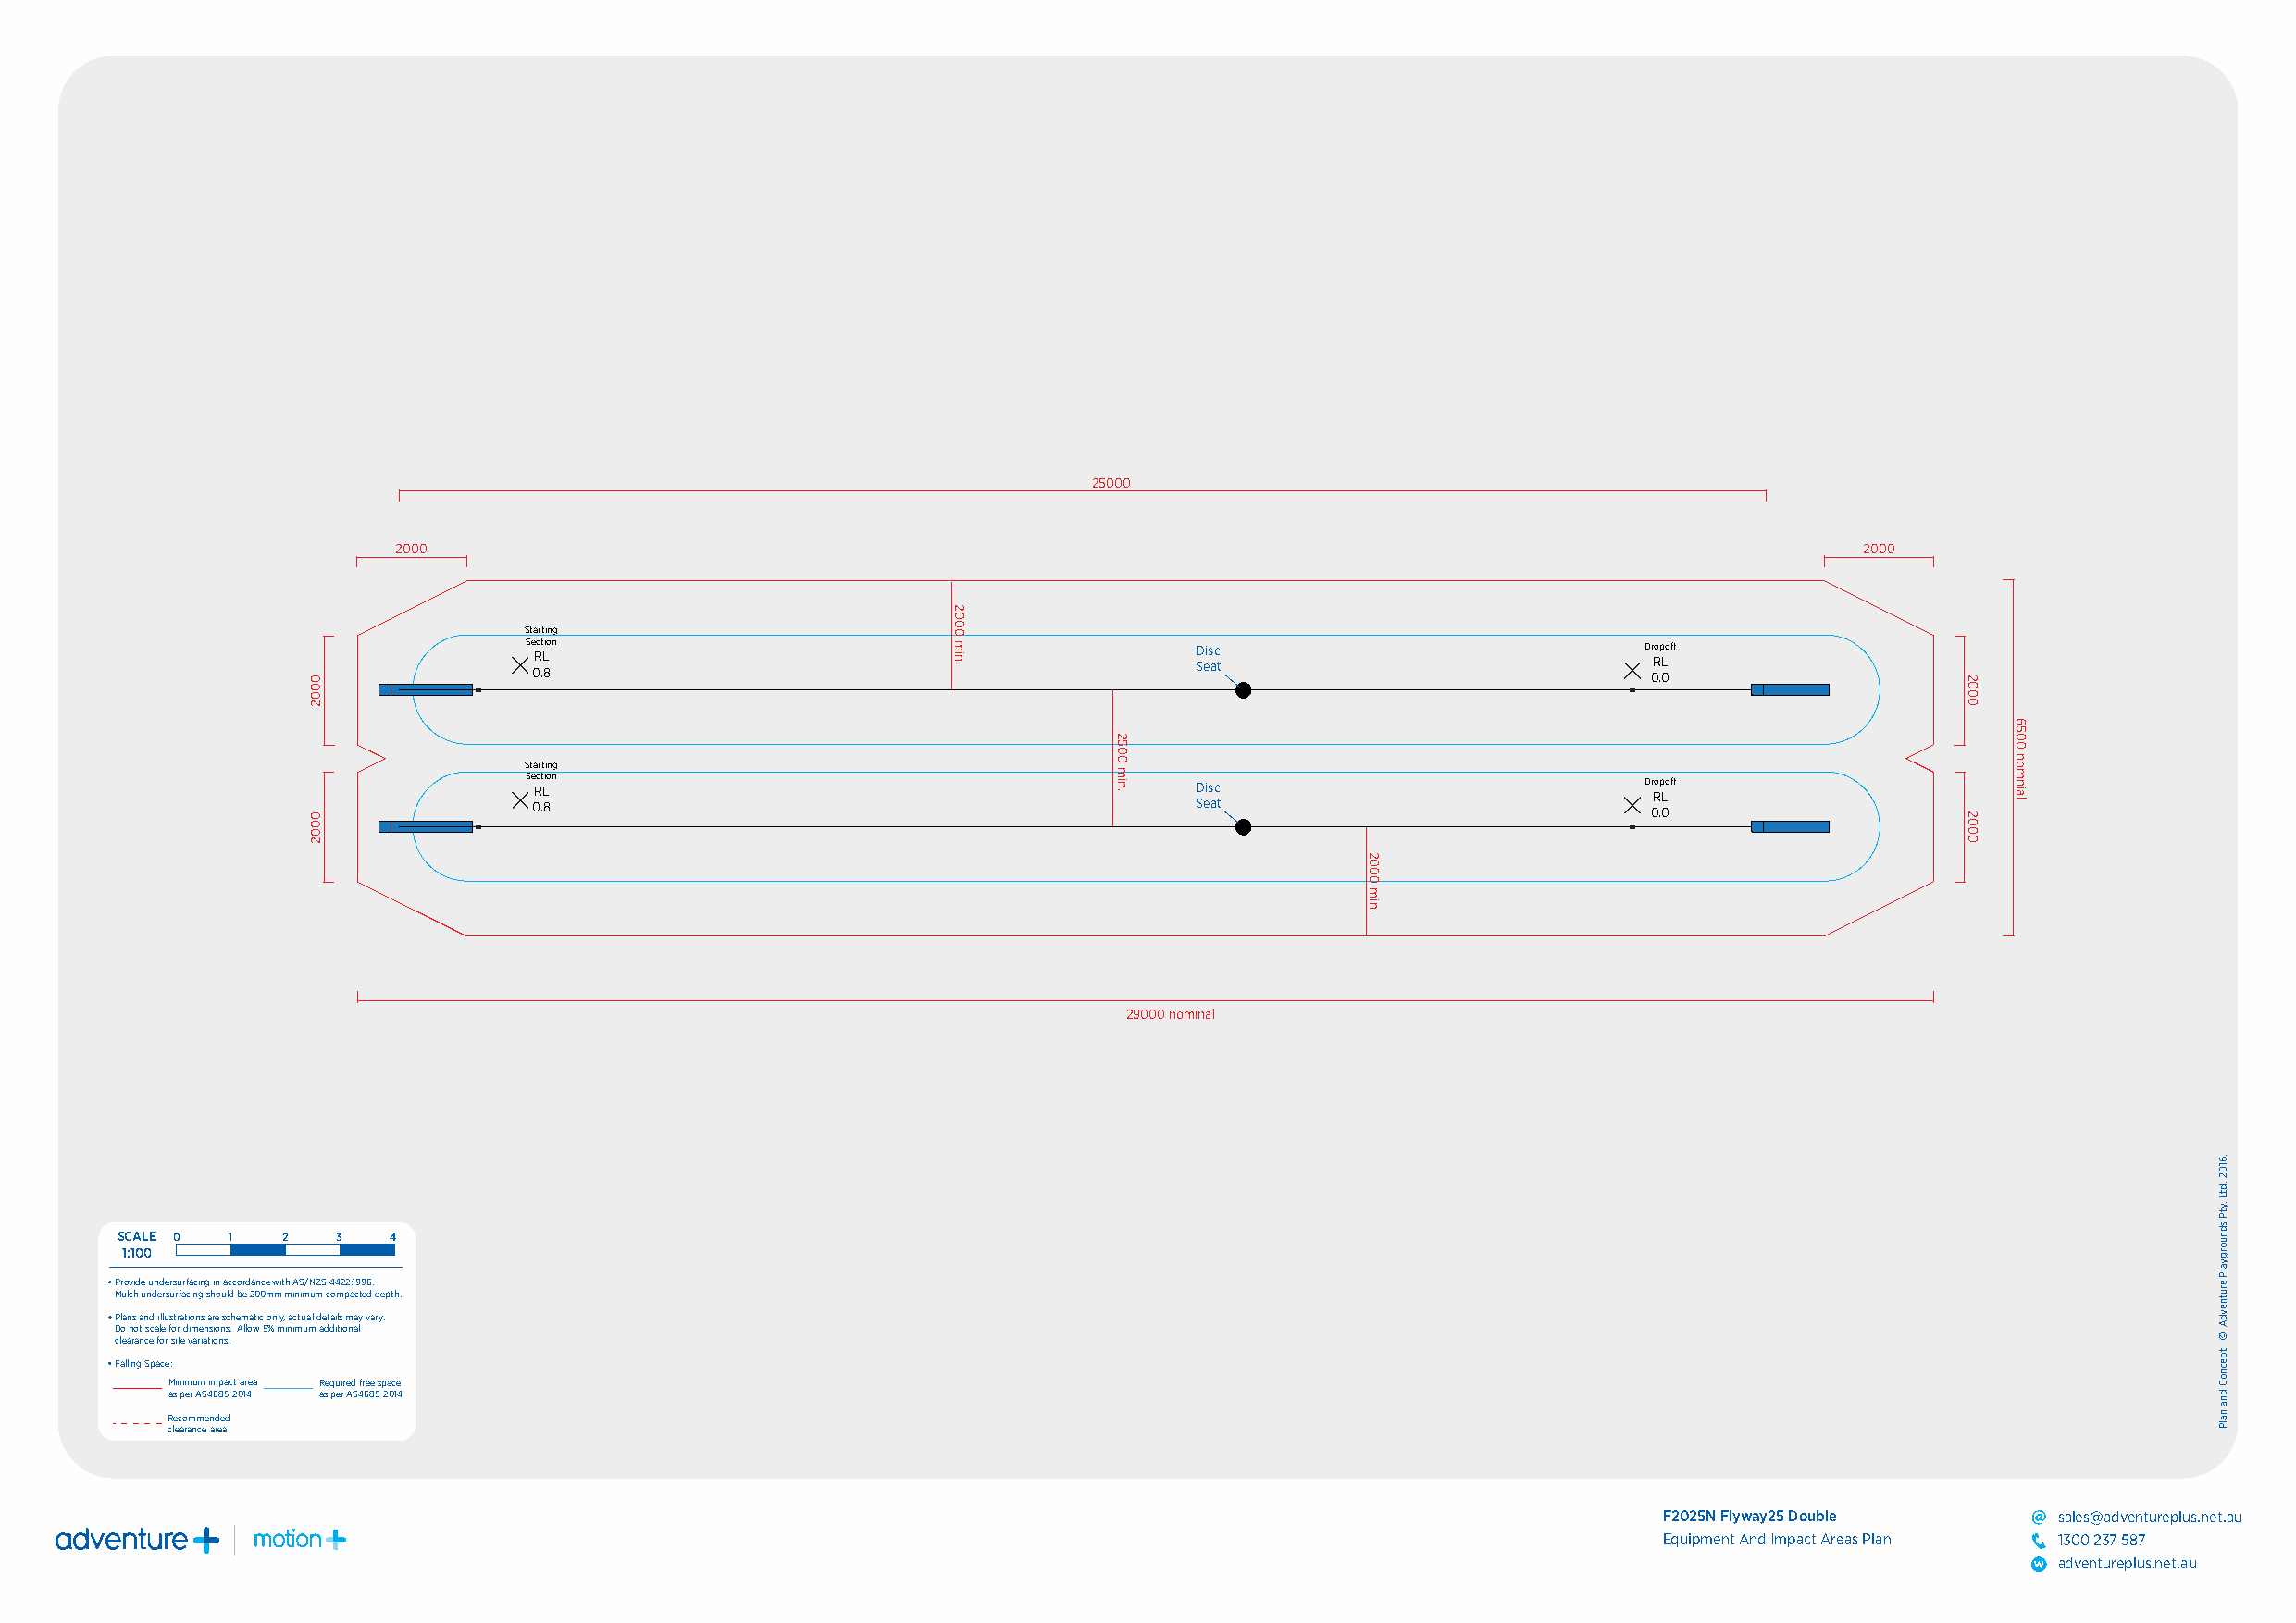
25000
 2000                                                                                                     2000
 Starting
 Section                                         Disc                            Dropoff
 RL                                              Seat                            RL
 0.8                                                                             0.0
 Starting
 Se Rct Lion                                     Disc                            Dr Rop Loff
 0.8                                             Seat                            0.0
 29000 nominal
 SCALE 0 1   2   3   4
 1:100
 Provide undersurfacing in accordance with AS/NZS 4422:1996.
 Mulch undersurfacing should be 200mm minimum compacted depth.
 Plans and illustrations are schematic only, actual details may vary.
 Do not scale for dimensions. Allow 5% minimum additional
 clearance for site variations.
 Falling Space:
 Minimum impact area Required free space
 as per AS4685-2014 as per AS4685-2014
 Recommended
 clearance area
 F2025N Flyway25 Double      sales@adventureplus.net.au
 Equipment And Impact Areas Plan 1300 237 587
 adventureplus.net.au
 0002
 0002
 2000
 min.
 2500
 min.
 2000
 min.
 2000
 2000
 6500
 nomnial
 .6102
 .dtL
 .ytP
 sdnuorgyalP
 erutnevdA
 ©
 tpecnoC
 dna
 nalP